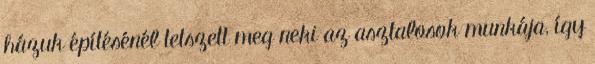
házuk építésénél tetszett meg neki az asztalosok munkája, így